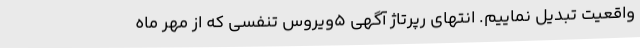
واقعیت تبدیل نماییم. انتهای رپرتاژ آگهی 5ویروس تنفسی که از مهر ماه